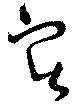
実